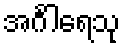
အင်္ဂါရေသု